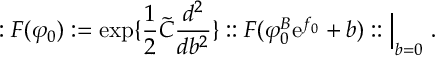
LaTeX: : F ( \varphi _ { 0 } ) : = \exp \{ { \frac { 1 } { 2 } } \tilde { C } { \frac { d ^ { 2 } } { d b ^ { 2 } } } \} : : F ( \varphi _ { 0 } ^ { B } \mathrm { \large { e } } ^ { f _ { 0 } } + b ) : : \Big | _ { b = 0 } ~ .